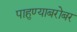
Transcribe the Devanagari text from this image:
पाहुण्याबरोबर